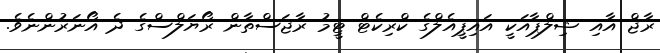
ރާޖް އާއި ޝިލްޕާއަކީ އައިޕީއެލްގެ ކްރިކެޓް ޓީމު ރާޖަސްތާން ރޯޔަލްސްގެ ދެ އޯނަރުންނެވެ.